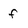
Character: f